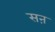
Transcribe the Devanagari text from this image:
सऩ